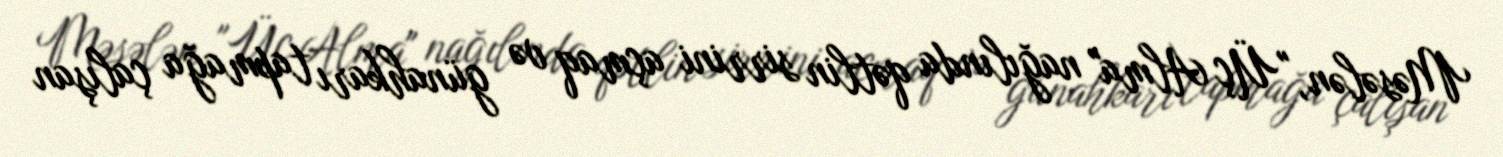
Məsələn, "Üç Alma" nağılında qətlin sirrini açmaq və günahkarı tapmağa çalışan